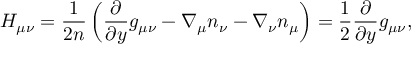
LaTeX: H _ { \mu \nu } = \frac 1 { 2 n } \left( \frac { \partial } { \partial y } g _ { \mu \nu } - \nabla _ { \mu } n _ { \nu } - \nabla _ { \nu } n _ { \mu } \right) = \frac 1 2 \frac { \partial } { \partial y } g _ { \mu \nu } ,